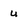
Character: u